Indian journal of veterinary science and animal husbandry - Volume 7,
Year: 1937
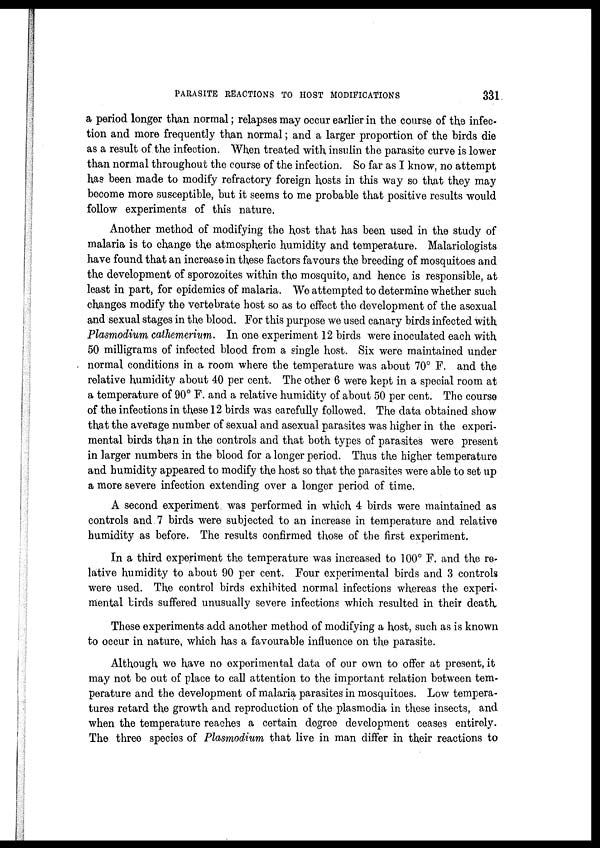
PARASITE REACTIONS TO HOST MODIFICATIONS
331
a period longer than normal; relapses may occur earlier in the course of the infec-
tion and more frequently than normal; and a larger proportion of the birds die
as a result of the infection. When treated with insulin the parasite curve is lower
than normal throughout the course of the infection. So far as I know, no attempt
has been made to modify refractory foreign hosts in this way so that they may
become more susceptible, but it seems to me probable that positive results would
follow experiments of this nature.
Another method of modifying the host that has been used in the study of
malaria is to change the atmospheric humidity and temperature. Malariologists
have found that an increase in these factors favours the breeding of mosquitoes and
the development of sporozoites within the mosquito, and hence is responsible, at
least in part, for epidemics of malaria. We attempted to determine whether such
changes modify the vertebrate host so as to effect the development of the asexual
and sexual stages in the blood. For this purpose we used canary birds infected with
Plasmodium cathemerium. In one experiment 12 birds were inoculated each with
50 milligrams of infected blood from a single host. Six were maintained under
normal conditions in a room where the temperature was about 70° F. and the
relative humidity about 40 per cent. The other 6 were kept in a special room at
a temperature of 90° F. and a relative humidity of about 50 per cent. The course
of the infections in these 12 birds was carefully followed. The data obtained show
that the average number of sexual and asexual parasites was higher in the experi-
mental birds than in the controls and that both types of parasites were present
in larger numbers in the blood for a longer period. Thus the higher temperature
and humidity appeared to modify the host so that the parasites were able to set up
a more severe infection extending over a longer period of time.
A second experiment was performed in which 4 birds were maintained as
controls and 7 birds were subjected to an increase in temperature and relative
humidity as before. The results confirmed those of the first experiment.
In a third experiment the temperature was increased to 100° F. and the re-
lative humidity to about 90 per cent. Four experimental birds and 3 controls
were used. The control birds exhibited normal infections whereas the experi¬
mental birds suffered unusually severe infections which resulted in their death
These experiments add another method of modifying a host, such as is known
to occur in nature, which has a favourable influence on the parasite.
Although we have no experimental data of our own to offer at present, it
may not be out of place to call attention to the important relation between tem-
perature and the development of malaria parasites in mosquitoes. Low tempera-
tures retard the growth and reproduction of the plasmodia in these insects, and
when the temperature reaches a certain degree development ceases entirely.
The three species of Plasmodium that live in man differ in their reactions to